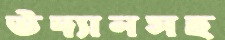
উদ্যানসহ